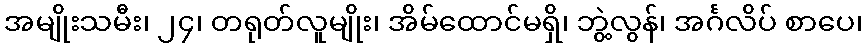
အမျိုးသမီး၊ ၂၄၊ တရုတ်လူမျိုး၊ အိမ်ထောင်မရှိ၊ ဘွဲ့လွန်၊ အင်္ဂလိပ် စာပေ၊